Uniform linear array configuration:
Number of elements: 48
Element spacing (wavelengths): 0.25
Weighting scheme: exponential
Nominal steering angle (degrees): -15
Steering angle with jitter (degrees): -15.512
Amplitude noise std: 0.05
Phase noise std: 0.05

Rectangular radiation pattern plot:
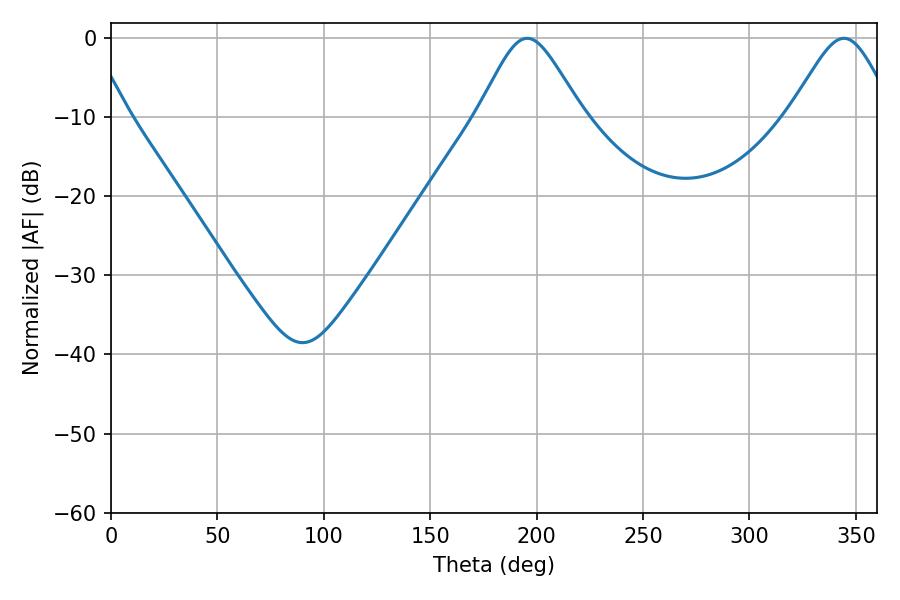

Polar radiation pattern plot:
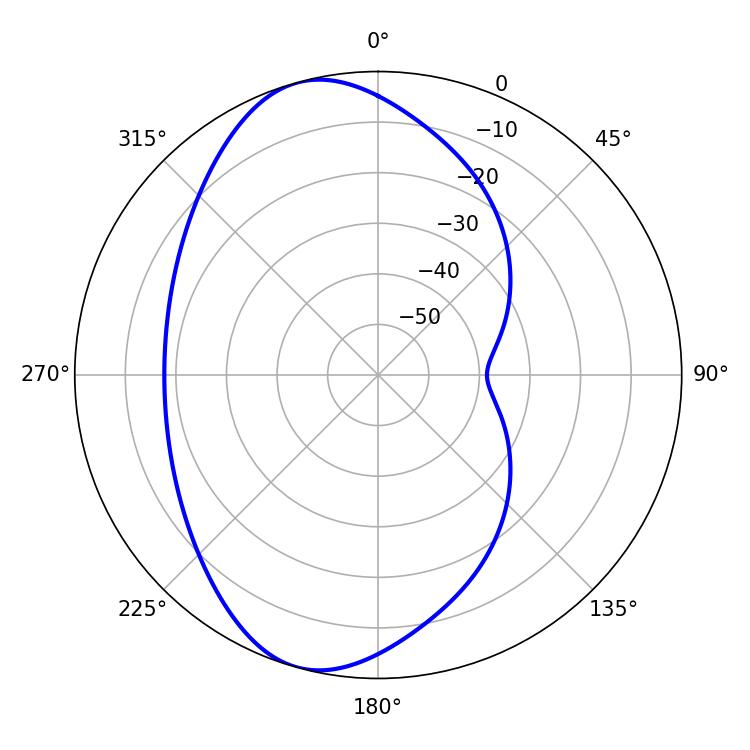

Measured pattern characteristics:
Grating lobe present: FALSE
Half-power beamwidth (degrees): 23.94
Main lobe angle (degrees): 195.66